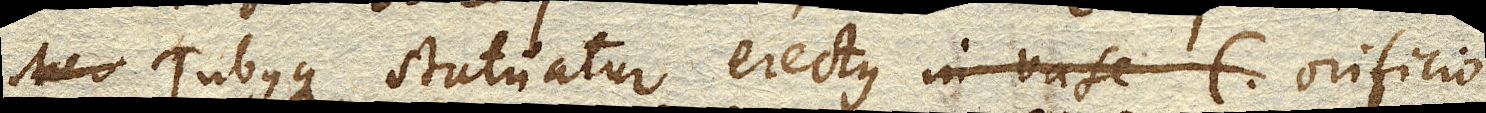
Tubusque statuatur erectus in vase C. orificio